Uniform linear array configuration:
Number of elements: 16
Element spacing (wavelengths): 0.25
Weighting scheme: uniform
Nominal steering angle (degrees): -60
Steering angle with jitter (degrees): -59.774
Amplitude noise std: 0.05
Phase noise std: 0.05

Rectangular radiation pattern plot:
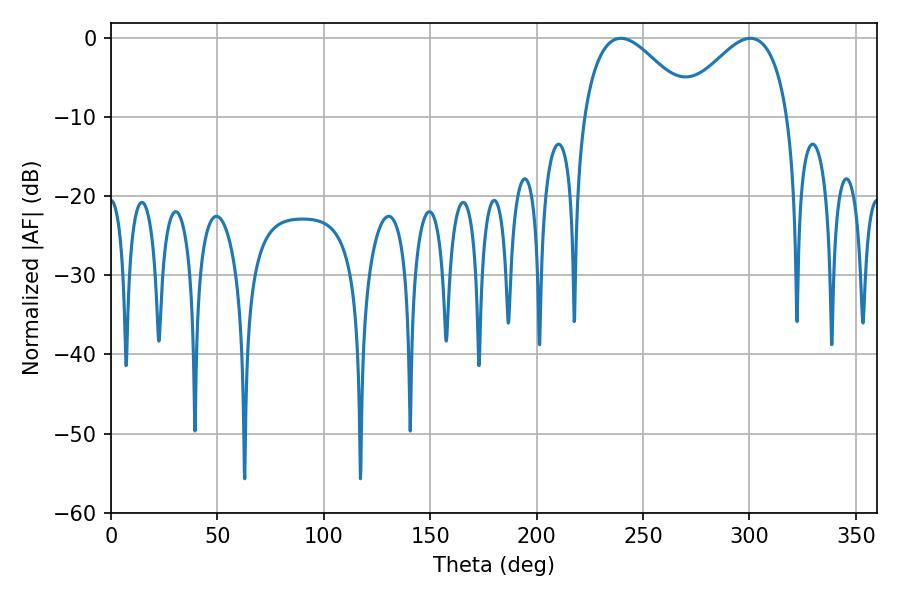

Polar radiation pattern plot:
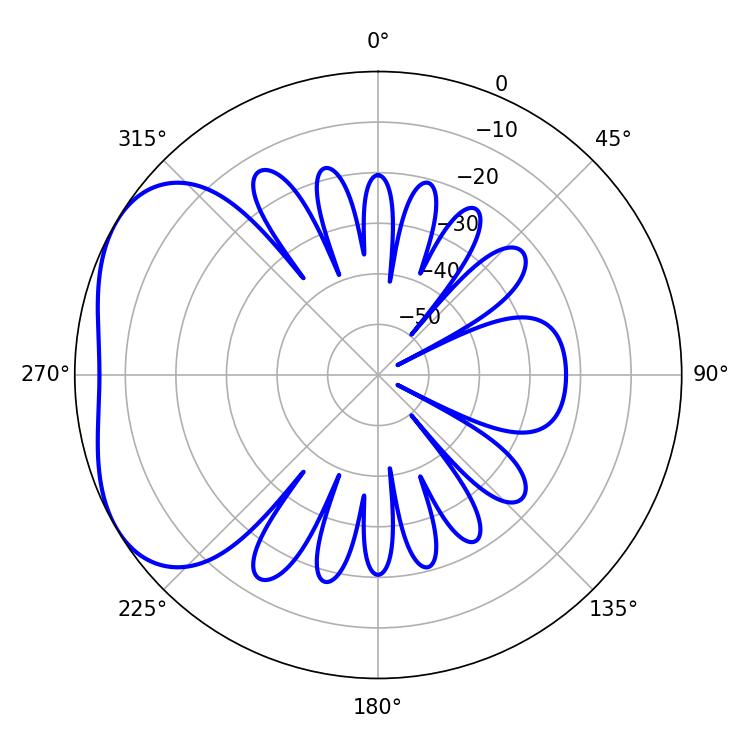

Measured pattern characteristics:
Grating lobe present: FALSE
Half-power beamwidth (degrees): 27.72
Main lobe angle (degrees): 239.58